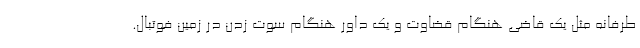
طرفانه مثل یک قاضی هنگام قضاوت و یک داور هنگام سوت زدن در زمین فوتبال.